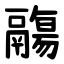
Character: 鬺